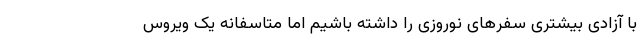
با آزادی بیشتری سفرهای نوروزی را داشته باشیم اما متاسفانه یک ویروس